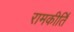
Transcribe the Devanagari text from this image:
रामकीर्ति